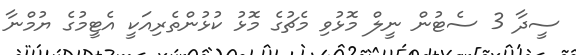
ސީދާ 3 ސެޓުން ނީލް މޮޅުވި މެޗުގެ މޮޅު ކުޅުންތެރިއަކީ އެޓީމުގެ ޔުމްނާ